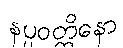
နပ္ပဝတ္တိနော